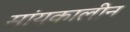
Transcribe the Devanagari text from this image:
सांयकालीन